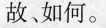
故如何。